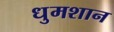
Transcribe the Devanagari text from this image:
धुमशान